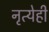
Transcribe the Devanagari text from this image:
नृत्येही